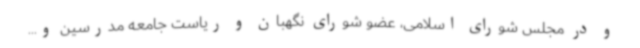
و در مجلس شورای اسلامی، عضو شورای نگهبان و ریاست جامعه مدرسین و...